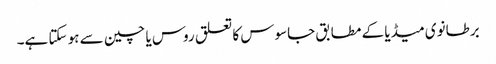
برطانوی میڈیا کے مطابق جاسوس کا تعلق روس یا چین سے ہو سکتا ہے۔